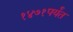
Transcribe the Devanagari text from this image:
१४७१पर्यंत